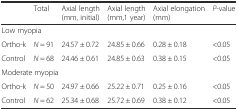
<table><thead><tr><td></td><td><b>Total</b></td><td><b>Axial length (mm, initial)</b></td><td><b>Axial length (mm,1 year)</b></td><td><b>Axial elongation (mm)</b></td><td><b><i>P</i>-value</b></td></tr></thead><tbody><tr><td colspan="6">Low myopia</td></tr><tr><td>Ortho-k</td><td><i>N</i> = 91</td><td>24.57 ± 0.72</td><td>24.85 ± 0.66</td><td>0.28 ± 0.18</td><td>&lt;0.05</td></tr><tr><td>Control</td><td><i>N</i> = 68</td><td>24.46 ± 0.61</td><td>24.85 ± 0.63</td><td>0.38 ± 0.15</td><td>&lt;0.05</td></tr><tr><td colspan="6">Moderate myopia</td></tr><tr><td>Ortho-k</td><td><i>N</i> = 50</td><td>24.97 ± 0.66</td><td>25.22 ± 0.71</td><td>0.25 ± 0.16</td><td>&lt;0.05</td></tr><tr><td>Control</td><td><i>N</i> = 62</td><td>25.34 ± 0.68</td><td>25.72 ± 0.69</td><td>0.38 ± 0.12</td><td>&lt;0.05</td></tr></tbody></table>